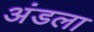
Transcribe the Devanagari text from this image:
अंडला